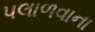
પલાળવાના